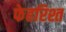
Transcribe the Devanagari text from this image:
फेहरिश्त